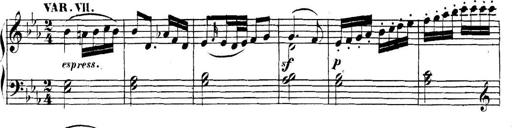
Title: Collected Piano Sonatas
Composer: Muzio Clementi